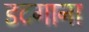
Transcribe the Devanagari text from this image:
डटगाना